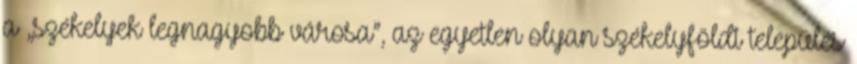
a „székelyek legnagyobb városa”, az egyetlen olyan székelyföldi település